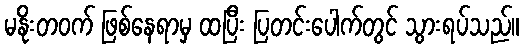
မနိုးတဝက် ဖြစ်နေရာမှ ထပြီး ပြတင်းပေါက်တွင် သွားရပ်သည်။